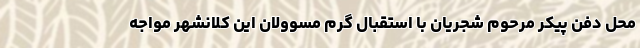
محل دفن پیکر مرحوم شجریان با استقبال گرم مسوولان این کلانشهر مواجه